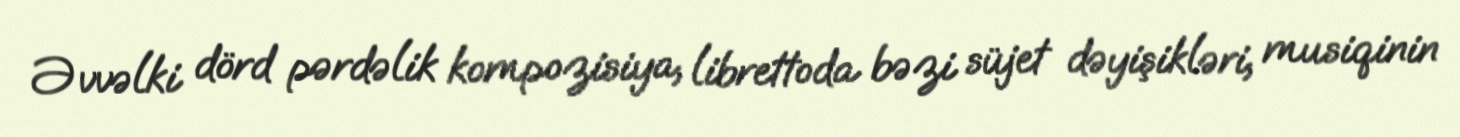
Əvvəlki dörd pərdəlik kompozisiya, librettoda bəzi süjet dəyişikləri, musiqinin